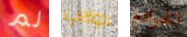
لم دولاب الخوادم